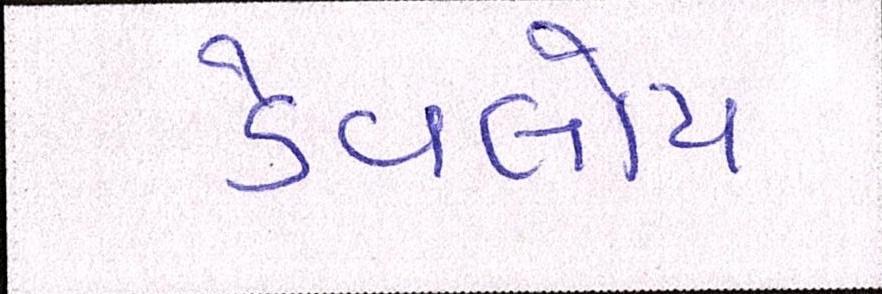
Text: ડેવલોપ